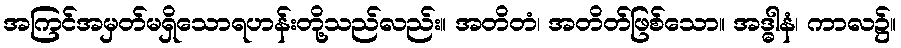
အကြင်အမှတ်မရှိသောရဟန်းတို့သည်လည်း။ အတိတံ၊ အတိတ်ဖြစ်သော။ အဒ္ဓါနံ၊ ကာလ၌။